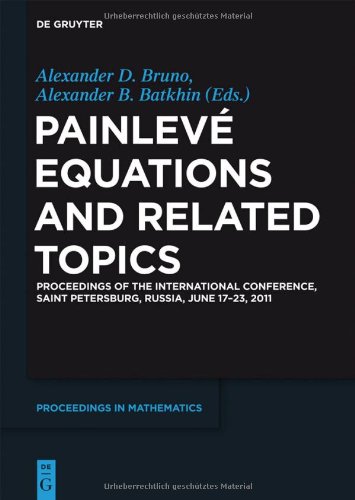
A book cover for PainlevÃ© Equations and Related Topics  Proceedings of the International Conference, Saint Petersburg, Russia, June 17-23, 2011  PROM (De Gruyter Proceedings in Mathematics); Alexander D. Bruno; Science & Math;